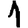
Digit: 1